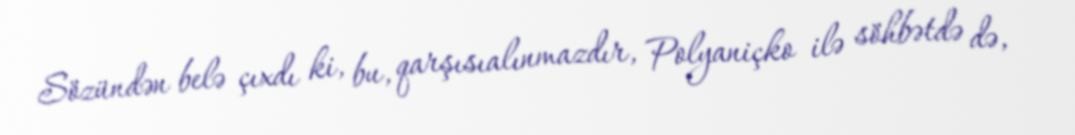
Sözündən belə çıxdı ki, bu, qarşısıalınmazdır, Polyaniçko ilə söhbətdə də,